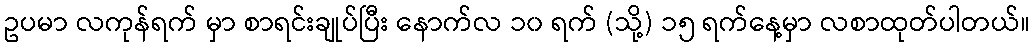
ဥပမာ လကုန်ရက် မှာ စာရင်းချုပ်ပြီး နောက်လ ၁၀ ရက် (သို့) ၁၅ ရက်နေ့မှာ လစာထုတ်ပါတယ်။